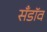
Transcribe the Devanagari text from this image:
सँडॉव